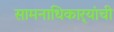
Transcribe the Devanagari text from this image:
सामनाधिकार्‍यांची